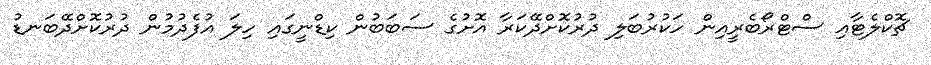
ޗޮކްލެޓާއި ސްޓްރޯބެރީއިން ހަކުރުބަލި ދުރުކޮށްދޭކަރާ އޮށުގެ ސަބަބުން ކިޑްނީގައި ހިލަ އުފެދުމުން ދުރުކޮށްދޭބަނޑު